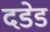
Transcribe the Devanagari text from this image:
दडेड